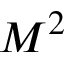
M ^ { 2 }